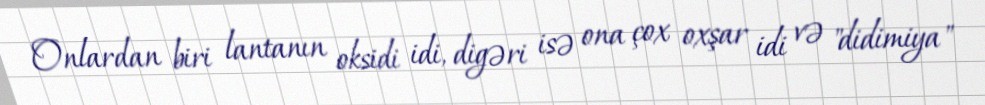
Onlardan biri lantanın oksidi idi, digəri isə ona çox oxşar idi və "didimiya"